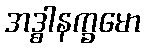
အဒ္ဓါနက္ခမော